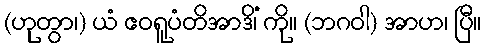
(ဟုတွာ၊) ယံ ဧဝရူပံတိအာဒိံ၊ ကို။ (ဘဂဝါ) အာဟ၊ ပြီ။